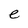
Character: e